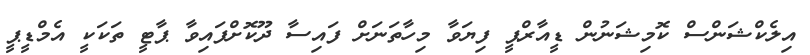
އިލެކްޝަންސް ކޮމިޝަނުން ޑީއާރްޕީ ފިޔަވާ މިހާތަނަށް ފައިސާ ދޫކޮށްފައިވާ ޕާޓީ ތަކަކީ އެމްޑީޕީ